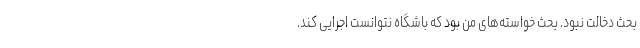
بحث دخالت نبود. بحث خواسته‌های من بود که باشگاه نتوانست اجرایی کند.